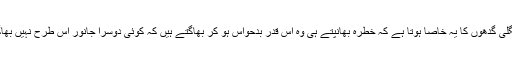
جنگلی گدھوں کا یہ خاصا ہوتا ہے کہ خطرہ بھانپتے ہی وہ اس قدر بدحواس ہو کر بھاگتے ہیں کہ کوئی دوسرا جانور اس طرح نہیں بھاگتا۔